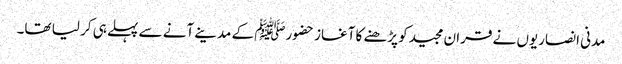
مدنی انصاریوں نے قران مجیدکو پڑھنے کا آغاز حضورﷺ کے مدینے آنے سے پہلے ہی کر لیا تھا۔